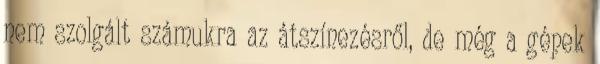
nem szolgált számukra az átszínezésről, de még a gépek